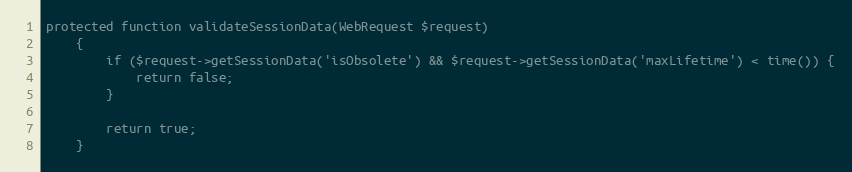
Language: PHP
protected function validateSessionData(WebRequest $request)
    {
        if ($request->getSessionData('isObsolete') && $request->getSessionData('maxLifetime') < time()) {
            return false;
        }

        return true;
    }